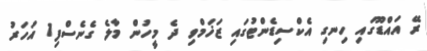
ރޭ އައްޑޫގައި ހިނގި އެކްސިޑެންޓުގައި ޒަޚަމްވި ދެ މީހުން މާލެ ގެނެސްފި1 އަހަރު